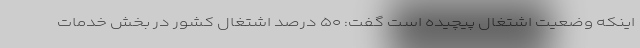
اینکه وضعیت اشتغال پیچیده است گفت: ۵۰ درصد اشتغال کشور در بخش خدمات